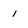
Character: 1